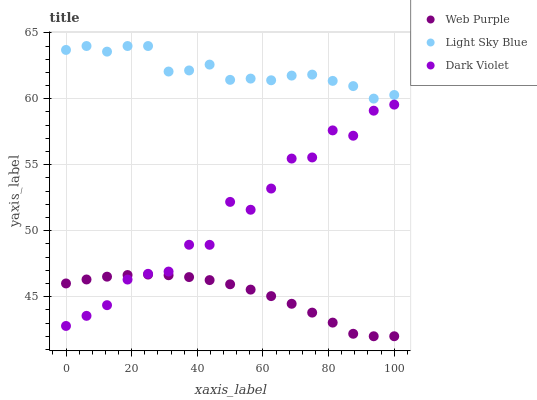
| xaxis_label | Web Purple | Light Sky Blue | Dark Violet |
 | --- | --- | --- | --- |
 | 0 | 46 | 63.7 | 42.8 |
 | 6.25 | 46.3 | 64 | 43.5 |
 | 12.5 | 46.5 | 63.6 | 44.4 |
 | 18.8 | 46.6 | 64 | 46.3 |
 | 25 | 46.7 | 64 | 46.7 |
 | 31.2 | 46.6 | 62.1 | 46.9 |
 | 37.5 | 46.5 | 62.1 | 48.9 |
 | 43.8 | 46.3 | 62.6 | 48.9 |
 | 50 | 45.9 | 61.4 | 52.2 |
 | 56.2 | 45.5 | 61.5 | 51.6 |
 | 62.5 | 45 | 61.4 | 53.2 |
 | 68.8 | 44.5 | 61.8 | 55.5 |
 | 75 | 43.8 | 61.8 | 55.6 |
 | 81.2 | 43 | 61.4 | 57.6 |
 | 87.5 | 42.2 | 61 | 57.2 |
 | 93.8 | 42 | 60 | 59.1 |
 | 100 | 42 | 60.3 | 59.6 |